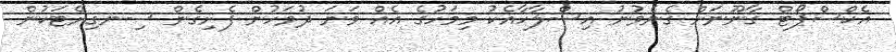
އެކްސްޕޯޓް ގާނޫނަށް ގެނެވުނު އިސްލާހާއެކު މިމަހުގެ އެއް ވަނަ ދުވަހުން ފެށިގެން ސިނގިރޭޓަކުން